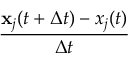
\frac { \mathbf { x } _ { j } ( t + \Delta t ) - x _ { j } ( t ) } { \Delta t }